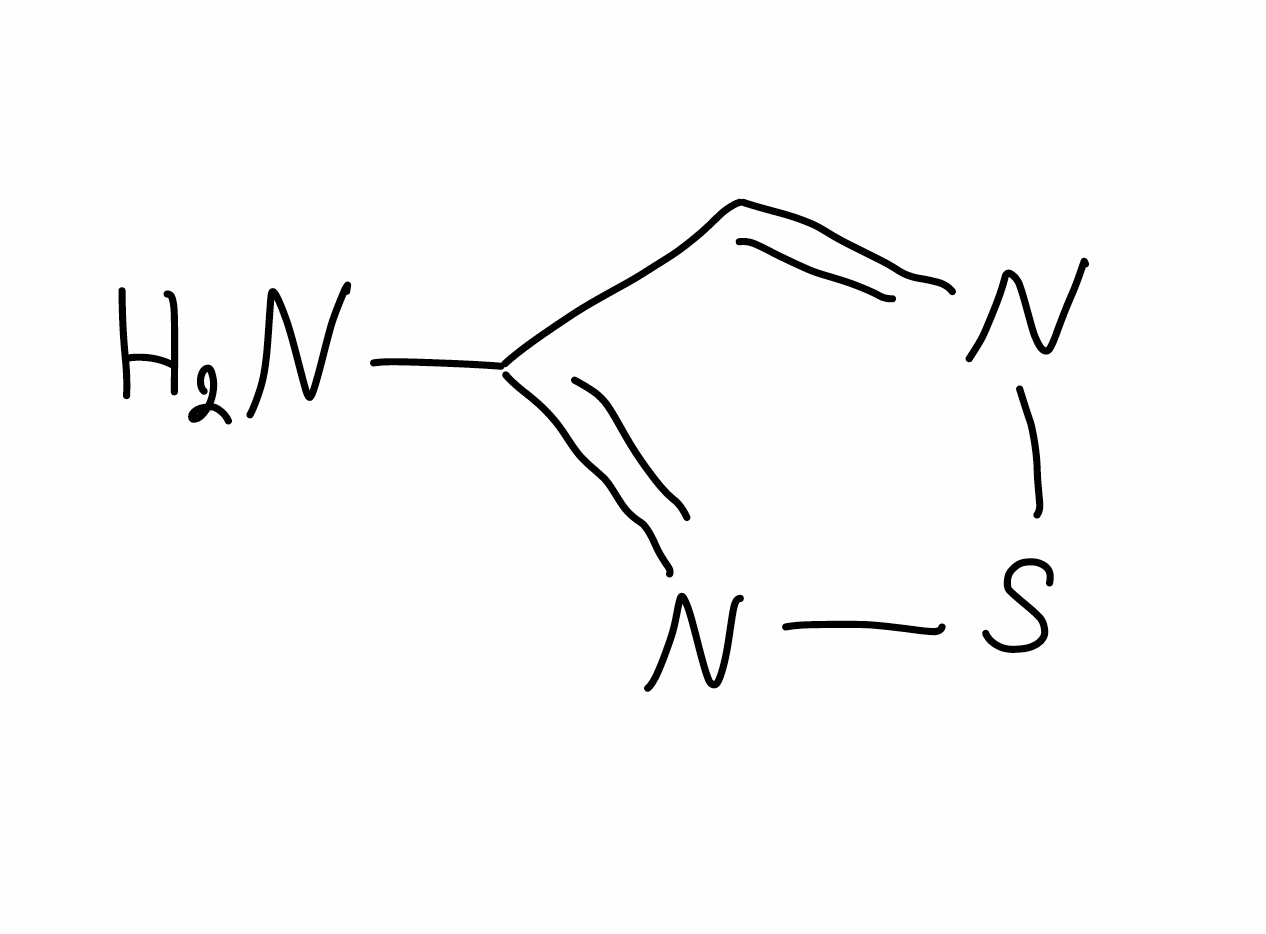
Simplified molecular-input line-entry system (SMILES) notation of the given molecule:
C1=NSN=C1N